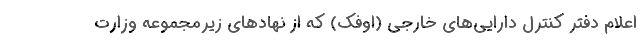
اعلام دفتر کنترل دارایی‌های خارجی (اوفک) که از نهادهای زیرمجموعه وزارت